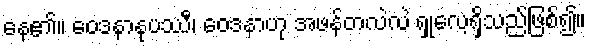
နေ၏။ ဝေဒနာနုပဿီ၊ ဝေဒနာဟု အဖန်တလဲလဲ ရှုလေ့ရှိသည်ဖြစ်၍။